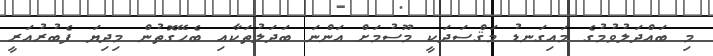
މި ބައްދަލުވުމުގެ މައިގަނޑު މަޤްސަދަކީ މޫސުމަށް އަންނަ ބަދަލުތަކާއި ބެހޭގޮތުން މިދިޔަ ފެބުރުއަރީ